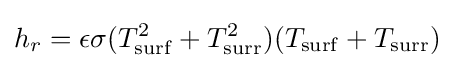
h_{r}=\epsilon \sigma (T_{\rm {surf}}^{2}+T_{\rm {surr}}^{2})(T_{\rm {surf}}+T_{\rm {surr}})